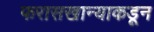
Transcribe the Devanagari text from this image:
फरासखान्याकडून